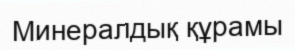
Минералдық құрамы